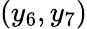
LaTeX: (y_{6},y_{7})